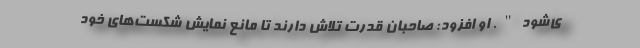
ی‌شود". او افزود: صاحبان قدرت تلاش دارند تا مانع نمایش شکست‌های خود